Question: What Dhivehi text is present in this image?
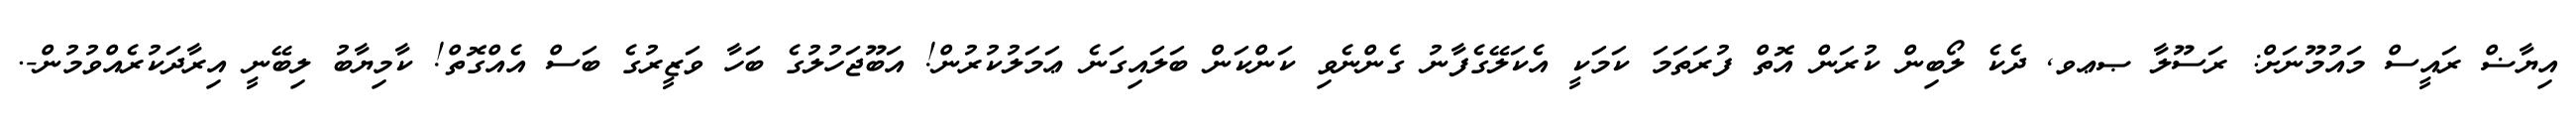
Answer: އިޔާޟް ރައީސް މައުމޫނަށް: ރަސޫލާ ޞޢވ, ދެކެ ލޯބިން ކުރަން އޮތް ފުރަތަމަ ކަމަކީ އެކަލޭގެފާނު ގެންނެވި ކަންކަން ބަލައިގަނެ ޢަމަލުކުރުން! އަބޫޖަހުލުގެ ބަހާ ވަޒީރުގެ ބަސް އެއްގޮތް! ކާމިޔާބު ލިބޭނީ އިރާދަކުރެއްވުމުން-.